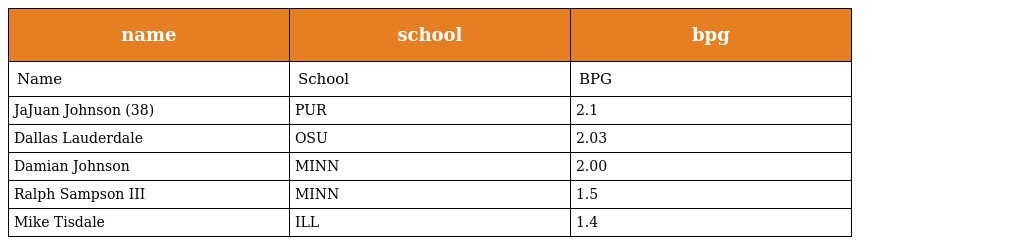
| name | school | bpg |
 | --- | --- | --- |
 | Name | School | BPG |
 | JaJuan Johnson (38) | PUR | 2.1 |
 | Dallas Lauderdale | OSU | 2.03 |
 | Damian Johnson | MINN | 2.00 |
 | Ralph Sampson III | MINN | 1.5 |
 | Mike Tisdale | ILL | 1.4 |